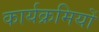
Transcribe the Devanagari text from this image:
कार्यक्रमियों